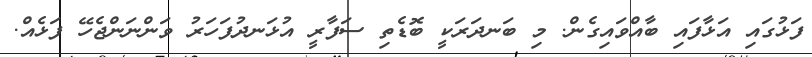
ފަޅުގައި އަޅާފައި ބާއްވައިގެން. މި ބަނދަރަކީ ބޮޑެތި ސަފާރީ އުޅަނދުފަހަރު ވަންނަންޖެހޭ ފަޅެއް.